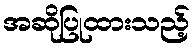
အဆိုပြုထားသည့်